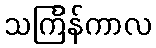
သင်္ကြန်ကာလ